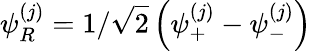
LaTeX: \psi_{R}^{(j)}=1/\sqrt 2\left(\psi_{+}^{(j)}-\psi_{-}^{(j)}\right)